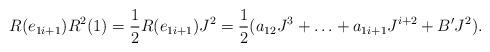
LaTeX: \begin{align*}R(e_{1i+1})R^2(1) = \frac{1}{2}R(e_{1i+1})J^2 = \frac{1}{2}(a_{12}J^3 + \ldots + a_{1i+1}J^{i+2} + B'J^2).\end{align*}